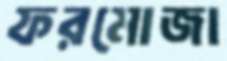
ফরমোজা